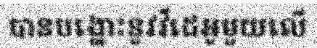
បានបង្ហោះនូវវីដេអូមួយលើ